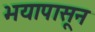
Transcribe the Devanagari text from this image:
भयापासून